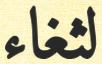
لثغاء